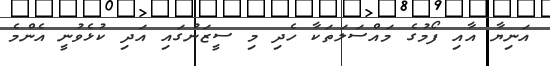
އަނިޔާ އާއި ފޯމުގެ މައްސަލަތަކާ ހެދި މި ސީޒަނުގައި އަދި ކުޅެވުނީ އެންމެ